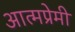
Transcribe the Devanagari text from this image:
आत्मप्रेमी